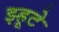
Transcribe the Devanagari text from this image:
झ्हूटे